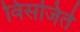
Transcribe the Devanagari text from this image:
विसजिर्त